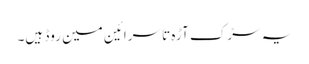
یہ سڑک آڑہ تا سرائین مین روڈ ہیں۔